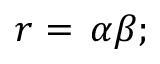
r = \, \alpha \beta ;